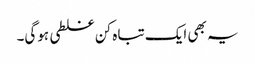
یہ بھی ایک تباہ کن غلطی ہوگی۔